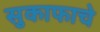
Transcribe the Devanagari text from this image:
सुकाफाचे